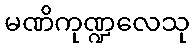
မဏိကုဏ္ဍလေသု